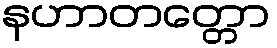
နဟာတတ္တော